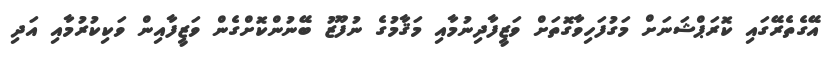
އޭގެތެރޭގައި ކޮރަޕްޝަނަށް މަގުފަހިވާގޮތަށް ވަޒީފާދިނުމާއި މަޤާމުގެ ނުފޫޒު ބޭނުންކޮށްގެން ވަޒީފާއިން ވަކިކުރުމާއި އަދި